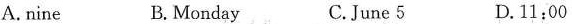
A.nine B.Monday C.June 5 D.11:00